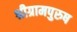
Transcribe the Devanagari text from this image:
श्रीग्रामपुरुष